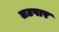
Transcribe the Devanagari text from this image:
तटपार